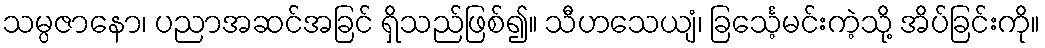
သမ္ပဇာနော၊ ပညာအဆင်အခြင် ရှိသည်ဖြစ်၍။ သီဟသေယျံ၊ ခြင်္သေ့မင်းကဲ့သို့ အိပ်ခြင်းကို။